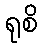
ရုစိ